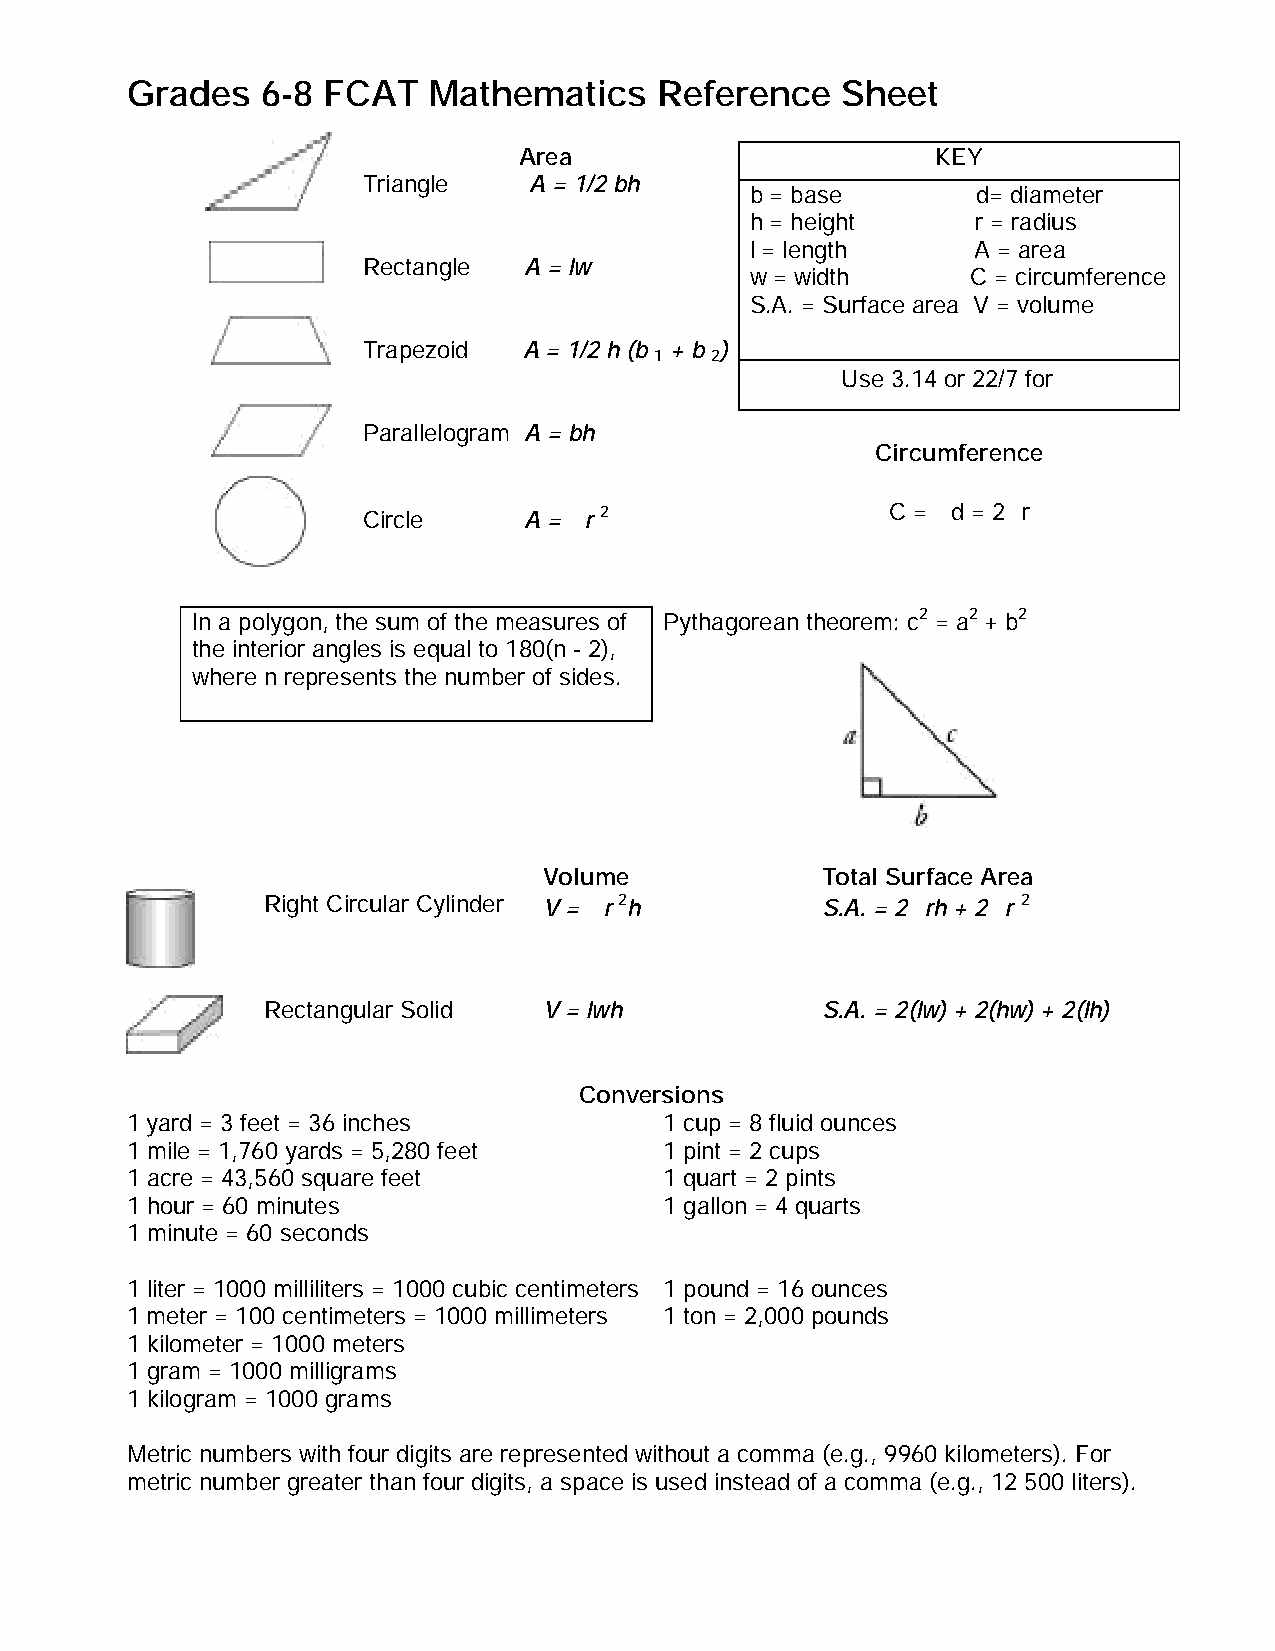
Grades   6-8 FCAT   Mathematics    Reference    Sheet
 Area                        KEY
 Triangle   A = 1/2 bh
 b = base       d= diameter
 h = height     r = radius
 l = length     A = area
 Rectangle  A = lw
 w = width     C = circumference
 S.A. = Surface area V = volume
 Trapezoid  A = 1/2 h (b + b )
 1   2
 p
 Use 3.14 or 22/7 for
 Parallelogram A = bh
 Circumference
 p    p
 Circle     A = p r 2               C = d = 2 r
 In a polygon, the sum of the measures of Pythagorean theorem: c2 = a2 + b2
 the interior angles is equal to 180(n - 2),
 where n represents the number of sides.
 Volume            Total Surface Area
 p                    p    p
 Right Circular Cylinder V = r 2h     S.A. = 2 rh + 2 r 2
 Rectangular Solid  V = lwh           S.A. = 2(lw) + 2(hw) + 2(lh)
 Conversions
 1 yard = 3 feet = 36 inches         1 cup = 8 fluid ounces
 1 mile = 1,760 yards = 5,280 feet   1 pint = 2 cups
 1 acre = 43,560 square feet         1 quart = 2 pints
 1 hour = 60 minutes                 1 gallon = 4 quarts
 1 minute = 60 seconds
 1 liter = 1000 milliliters = 1000 cubic centimeters 1 pound = 16 ounces
 1 meter = 100 centimeters = 1000 millimeters 1 ton = 2,000 pounds
 1 kilometer = 1000 meters
 1 gram = 1000 milligrams
 1 kilogram = 1000 grams
 Metric numbers with four digits are represented without a comma (e.g., 9960 kilometers). For
 metric number greater than four digits, a space is used instead of a comma (e.g., 12 500 liters).